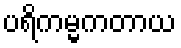
ပရိကမ္မကတာယ